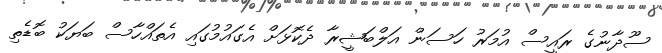
ސޫދާނުގެ ރައީސް އުމަރު ހަސަން އަލްބަޝީރާ ދެކޮޅަށް އެގައުމުގައި އެތައްހާސް ބަޔަކު ބޮޑެތި